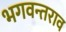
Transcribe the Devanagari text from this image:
भगवन्तराव